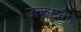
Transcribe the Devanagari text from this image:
उत्कृष्टतेने